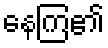
နေကြ၏